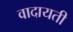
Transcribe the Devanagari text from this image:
वादायती